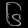
Digit: ၆